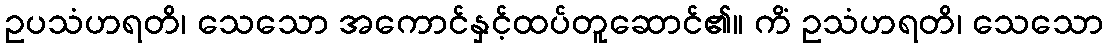
ဥပသံဟရတိ၊ သေသော အကောင်နှင့်ထပ်တူဆောင်၏။ ကိံ ဥသံဟရတိ၊ သေသော